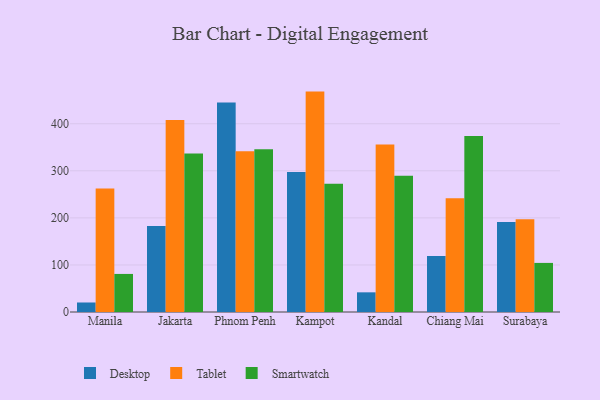
{"axis": {"x": "City", "y": "Backlog"}, "legend": ["Desktop", "Smartwatch", "Tablet"], "data": [{"x": "Manila", "y": 20.2, "type": "Desktop"}, {"x": "Manila", "y": 262.6, "type": "Tablet"}, {"x": "Manila", "y": 80.9, "type": "Smartwatch"}, {"x": "Jakarta", "y": 182.5, "type": "Desktop"}, {"x": "Jakarta", "y": 407.9, "type": "Tablet"}, {"x": "Jakarta", "y": 336.6, "type": "Smartwatch"}, {"x": "Phnom Penh", "y": 445.2, "type": "Desktop"}, {"x": "Phnom Penh", "y": 341.7, "type": "Tablet"}, {"x": "Phnom Penh", "y": 345.6, "type": "Smartwatch"}, {"x": "Kampot", "y": 297.6, "type": "Desktop"}, {"x": "Kampot", "y": 468.3, "type": "Tablet"}, {"x": "Kampot", "y": 272.6, "type": "Smartwatch"}, {"x": "Kandal", "y": 41.8, "type": "Desktop"}, {"x": "Kandal", "y": 355.9, "type": "Tablet"}, {"x": "Kandal", "y": 289.3, "type": "Smartwatch"}, {"x": "Chiang Mai", "y": 119.0, "type": "Desktop"}, {"x": "Chiang Mai", "y": 241.5, "type": "Tablet"}, {"x": "Chiang Mai", "y": 373.9, "type": "Smartwatch"}, {"x": "Surabaya", "y": 191.3, "type": "Desktop"}, {"x": "Surabaya", "y": 197.0, "type": "Tablet"}, {"x": "Surabaya", "y": 104.3, "type": "Smartwatch"}]}